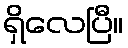
ရှိလေပြီ။